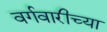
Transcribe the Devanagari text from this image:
वर्गवारीच्या